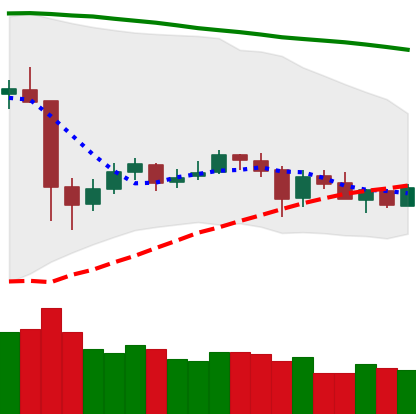
Ticker: XRP-USD
Chart end date: 2020-05-27
Forward return: 6.263%
Label: up_5_7